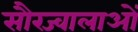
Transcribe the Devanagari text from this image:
सौरज्वालाओं